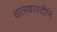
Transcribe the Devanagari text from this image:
वात्स्यायदीनि